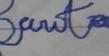
Signature authenticity: forged